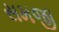
સમજી